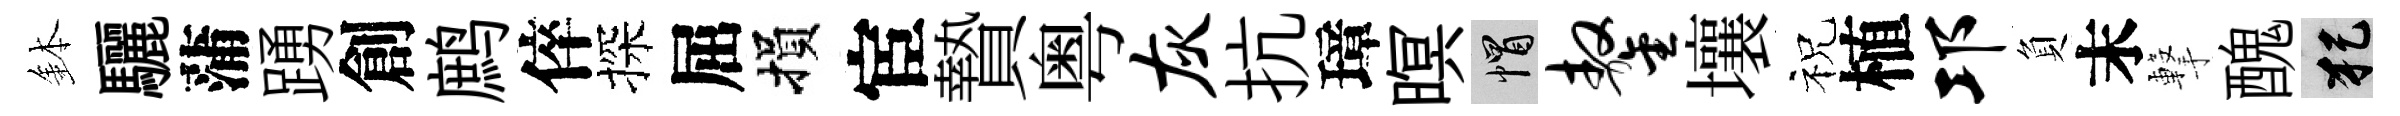
鉢驪蒲踴創鹧倅探屈損宦贄粤灰抗璋暝帽鏊壤祝植邛負末撃醜犯